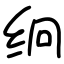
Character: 䌹